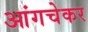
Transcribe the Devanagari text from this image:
आंगचेकर